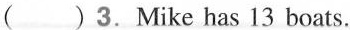
( ) 3.Mike has 13 boats.